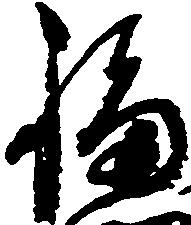
福